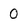
Character: 0